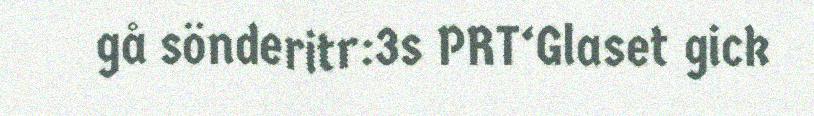
gå sönderitr:3s PRT‘Glaset gick